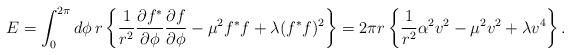
LaTeX: \begin{align*}E =\int_0^{2 \pi} d \phi \, r\left\{\frac{1}{r^2}\frac{\partial f^*}{\partial \phi}\frac{\partial f}{\partial \phi}- \mu^2 f^* f+ \lambda (f^* f)^2\right\}=2 \pi r\left\{\frac{1}{r^2} \alpha^2 v^2- \mu^2 v^2+ \lambda v^4\right\}.\end{align*}